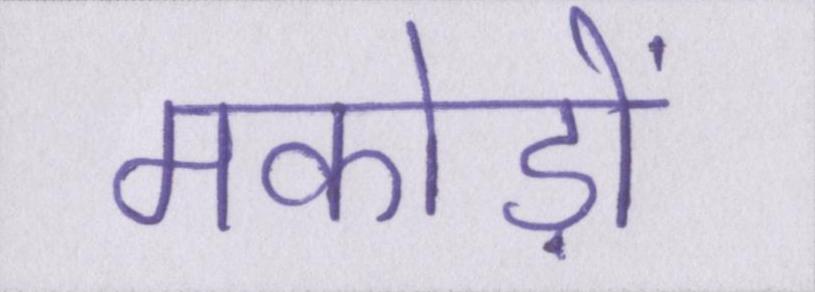
मकोड़ों